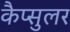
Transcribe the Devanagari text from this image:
कैप्सुलर